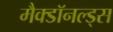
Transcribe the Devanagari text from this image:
मैक्डॉनल्ड्स